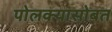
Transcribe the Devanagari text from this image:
पोलक्यासोबत